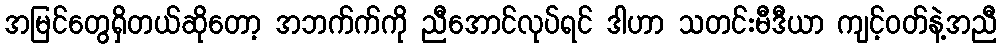
အမြင်တွေရှိတယ်ဆိုတော့ အဘက်က်ကို ညီအောင်လုပ်ရင် ဒါဟာ သတင်းမီဒီယာ ကျင့်ဝတ်နဲ့အညီ